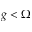
g < \Omega